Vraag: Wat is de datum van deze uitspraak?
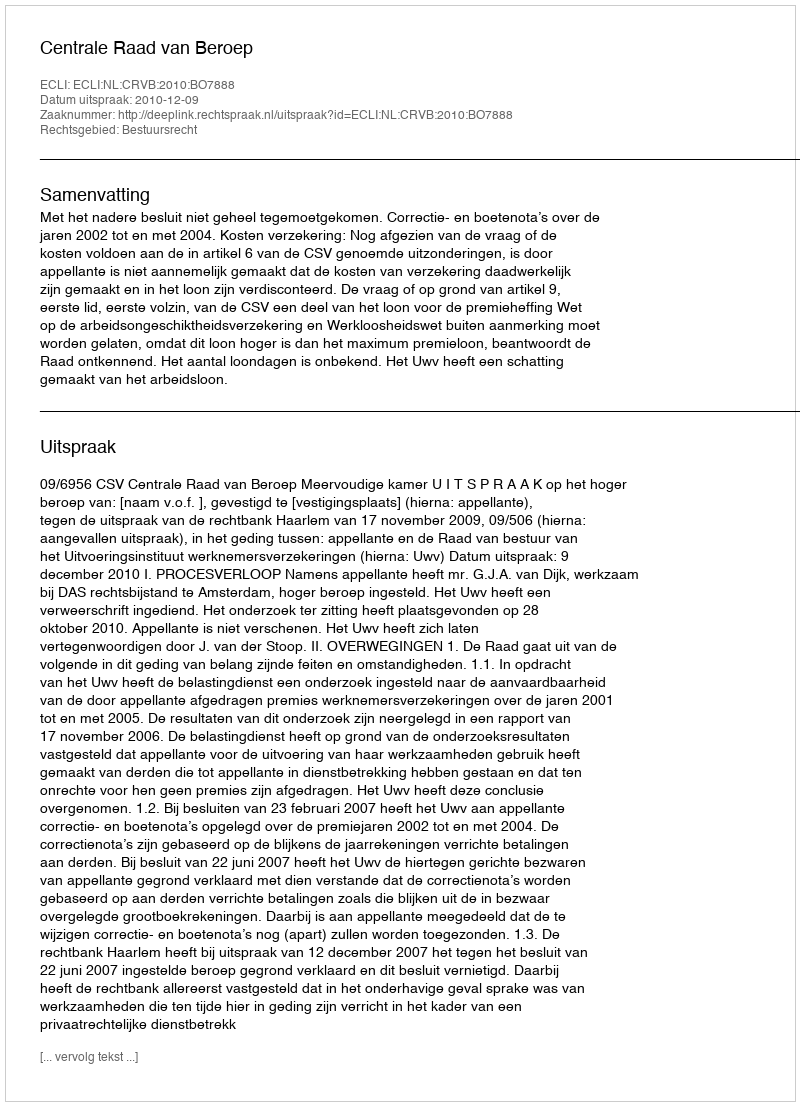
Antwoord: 2010-12-09